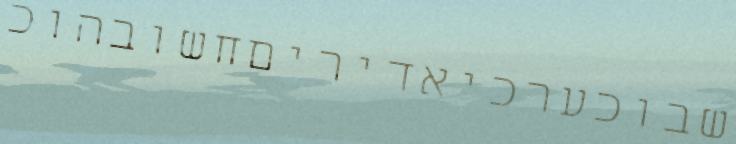
שבוכערכיאדיריםחשובהוכ